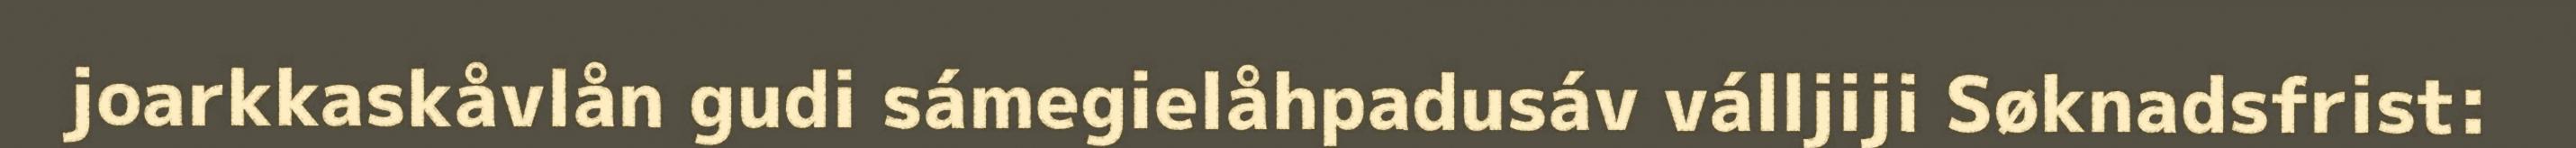
joarkkaskåvlån gudi sámegielåhpadusáv válljiji Søknadsfrist: